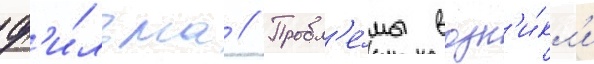
ф'и́льма // Пробл'е́мы возн'и́кл'и